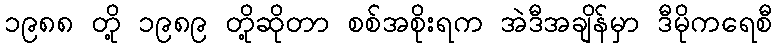
၁၉၈၈ တို့ ၁၉၈၉ တို့ဆိုတာ စစ်အစိုးရက အဲဒီအချိန်မှာ ဒီမိုကရေစီ